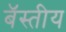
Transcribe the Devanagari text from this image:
बॅस्तीय